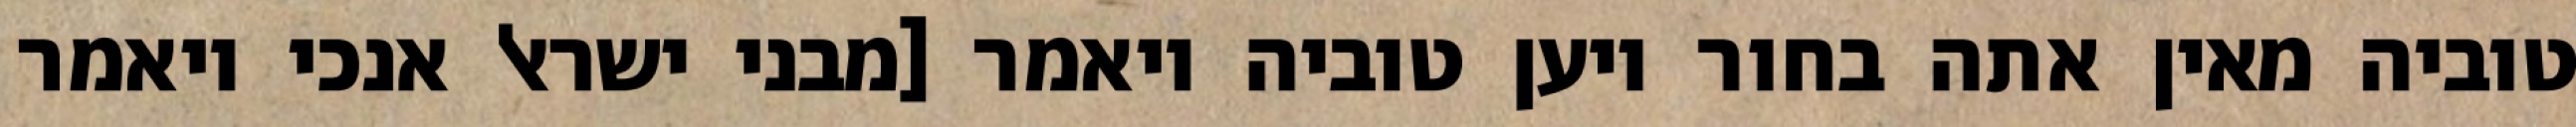
טוביה מאין אתה בחור ויען טוביה ויאמר [מבני ישראל אנכי ויאמר